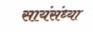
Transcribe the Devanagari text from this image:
सायंसंध्या